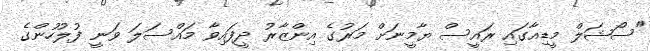
"ސޯޝަލް މީޑިއާގައި ރައީސް ޔާމީނަށް މަރުގެ އިންޒާރު ދީފައިވާ މައްސަލަ ވަނީ ފުލުހުންގެ